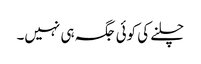
چلنے کی کوئی جگہ ہی نہیں۔